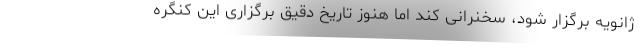
ژانویه برگزار شود، سخنرانی کند اما هنوز تاریخ دقیق برگزاری این کنگره